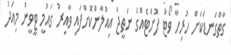
ގާތްގަނޑަކަށް ހުރިހާ ވޯޓު ފޮށްޓެއްގެ ނަތީޖާ އިއުލާންކޮށްފައި ވާއިރު ގައުމީ ޓީވީން މިއަދު